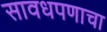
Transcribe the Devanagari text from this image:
सावधपणाचा